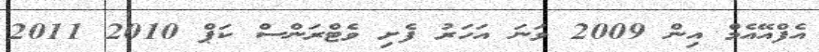
އެފްއޭއެމް އިން 2009 ވަނަ އަހަރު ފެށި ވެޓްރަންސް ކަޕް 2010 2011